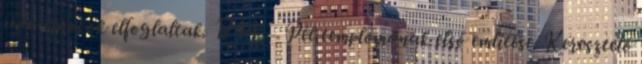
udvarnokok elfoglaltak. 1244. – Pét templomának első említése. Keresztelő